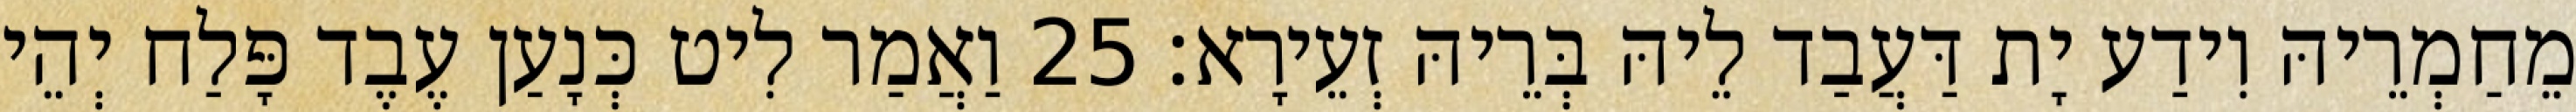
מֵחַמְרֵיהּ וִידַע יָת דַּעֲבַד לֵיהּ בְּרֵיהּ זְעֵירָא׃ 25 וַאֲמַר לִיט כְּנָעַן עֶבֶד פָּלַח יְהֵי